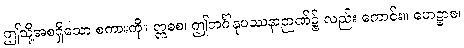
ဤသို့အစရှိသော စကားကို။ ဣဓစ၊ ဤဘင်္ဂါနုပဿနာဉာဏ်၌ လည်း ကောင်း။ ဟေဋ္ဌာစ၊